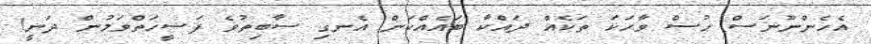
އެހެންނޫނަސް ހުސް ވާހަކަ ތަކެއް ދައްކާ ބައެއްކަން އެނގި ސާބިތުވެ ފަޟީހަތްވަމުން ދަނީ!